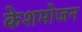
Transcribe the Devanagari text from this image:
केशमोजन